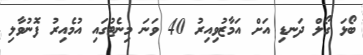
ބޯޅަ ގޯލް ދަނޑި އަށް އަމާޒުވިއިރު 40 ވަނަ މިނެޓުގައި އުމެއިރު ފޮނުވާލި